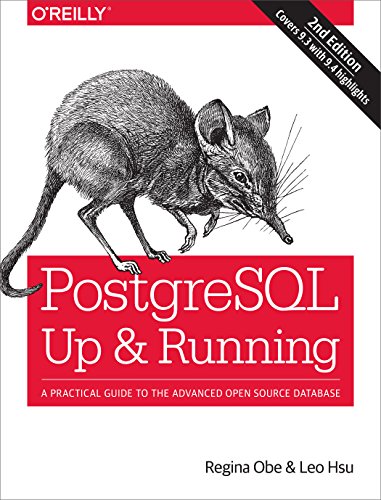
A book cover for PostgreSQL: Up and Running: A Practical Introduction to the Advanced Open Source Database; Regina O. Obe; Computers & Technology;